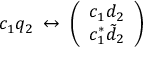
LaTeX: c _ { 1 } q _ { 2 } \; \leftrightarrow \; \left( \begin{array} { c } { { c _ { 1 } d _ { 2 } } } \\ { { c _ { 1 } ^ { * } \tilde { d } _ { 2 } } } \end{array} \right)